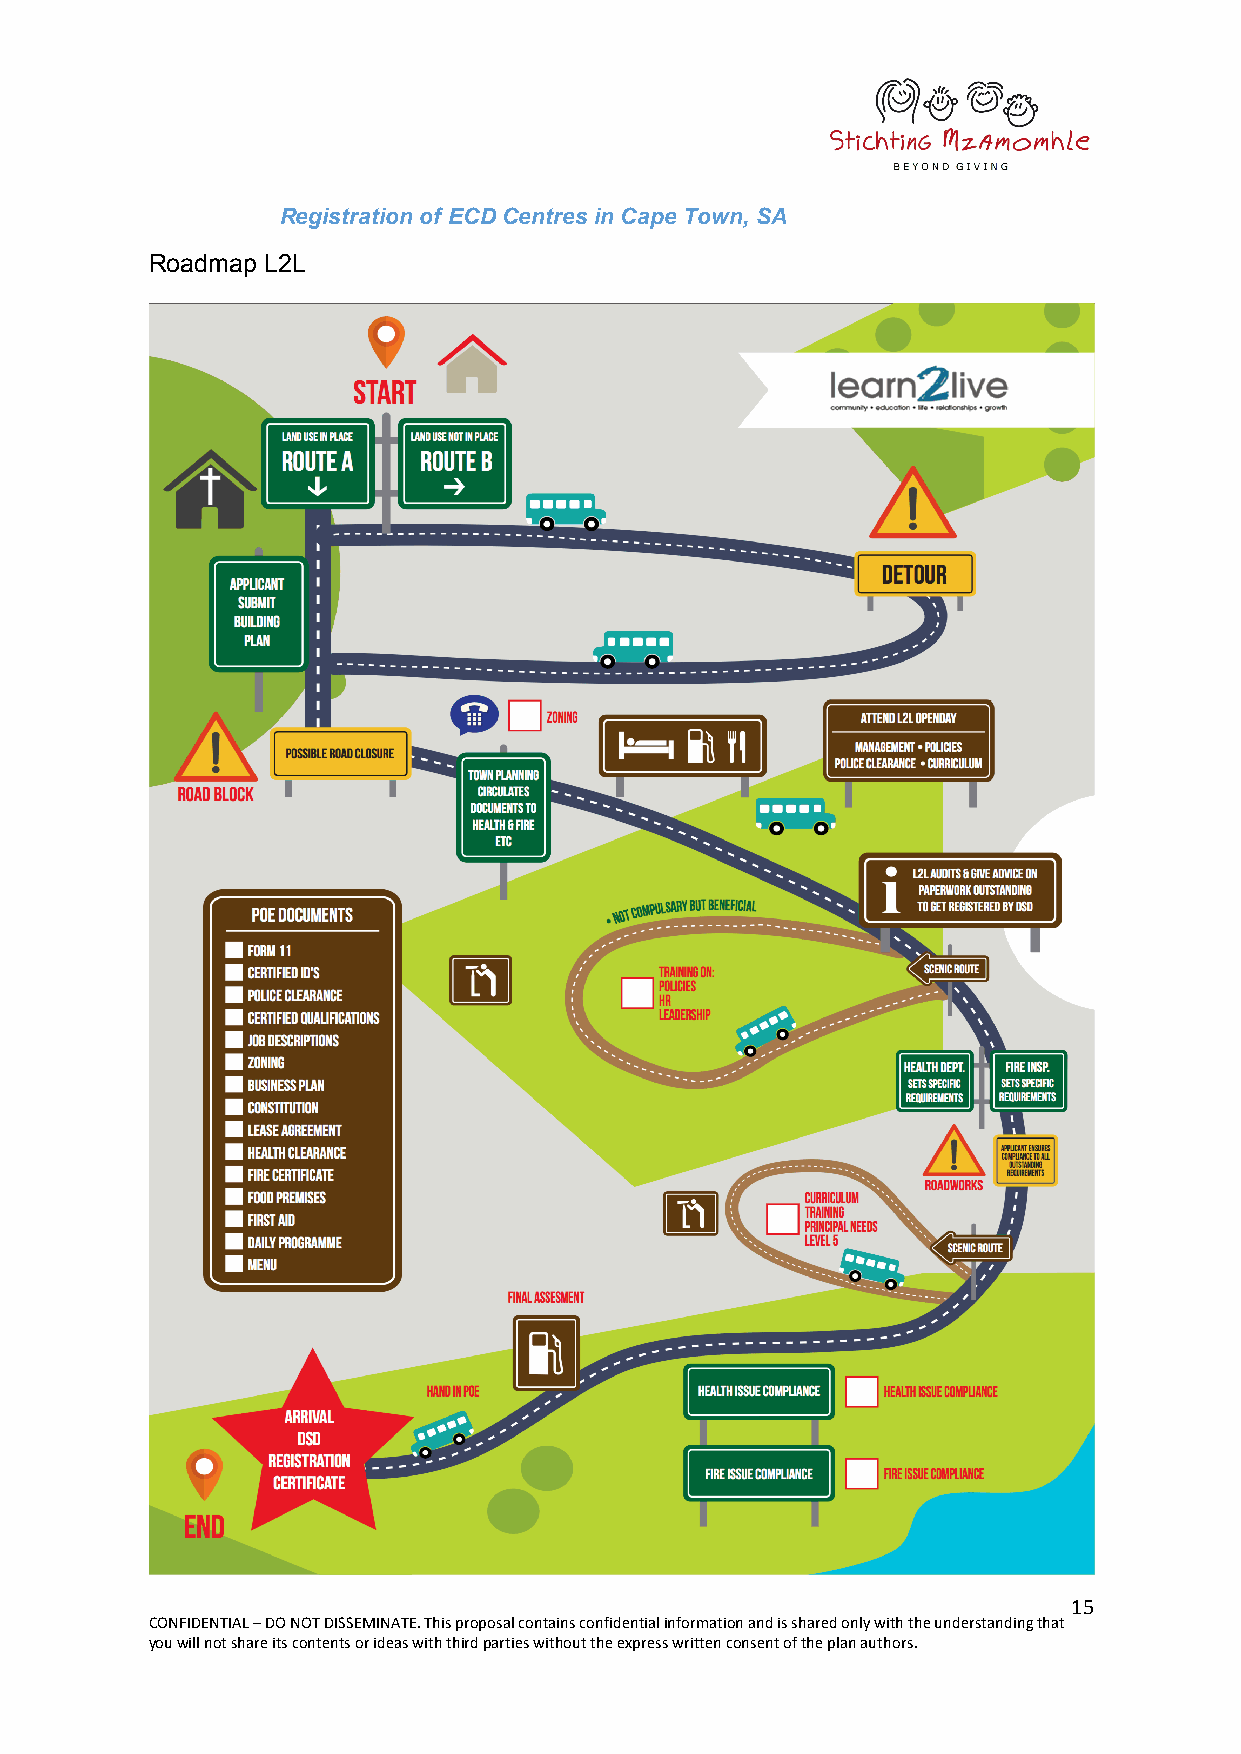
Registration of ECD Centres in Cape Town, SA
 Roadmap L2L
 15
 CONFIDENTIAL – DO NOT DISSEMINATE. This proposal contains confidential information and is shared only with the understanding that
 you will not share its contents or ideas with third parties without the express written consent of the plan authors.